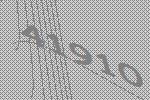
41910